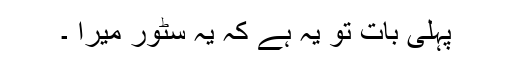
پہلی بات تو یہ ہے کہ یہ سٹور میرا ۔